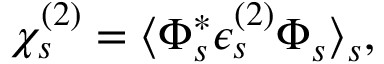
\begin{array} { r } { \chi _ { s } ^ { ( 2 ) } = \langle \Phi _ { s } ^ { * } \epsilon _ { s } ^ { ( 2 ) } \Phi _ { s } \rangle _ { s } , } \end{array}